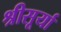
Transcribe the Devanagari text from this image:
श्रीसूर्या